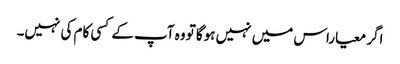
اگر معیاراس میں نہیں ہوگا تو وہ آپ کے کسی کام کی نہیں۔